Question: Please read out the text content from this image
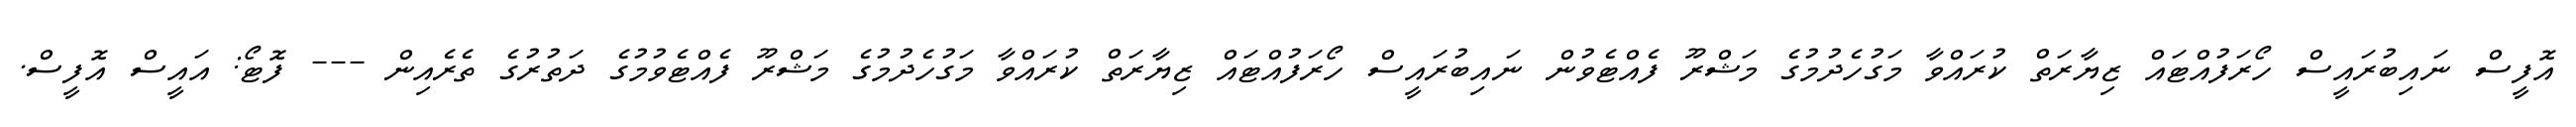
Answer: އޮފީސް ނައިބުރައީސް ހޯރަފުއްޓައް ޒިޔާރަތް ކުރައްވާ މަގުހެދުމުގެ މަޝްރޫ ފެއްޓެވުން ނައިބުރައީސް ހޯރަފުއްޓައް ޒިޔާރަތް ކުރައްވާ މަގުހެދުމުގެ މަޝްރޫ ފެއްޓެވުމުގެ ދަތުރުގެ ތެރެއިން --- ފޮޓޯ: އައީސް އޮފީސް.